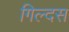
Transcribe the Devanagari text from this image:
गिल्दस